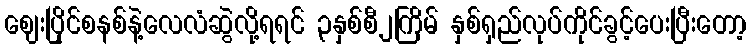
ဈေးပြိုင်စနစ်နဲ့လေလံဆွဲလို့ရရင် ၃နှစ်စီ၂ကြိမ် နှစ်ရှည်လုပ်ကိုင်ခွင့်ပေးပြီးတော့